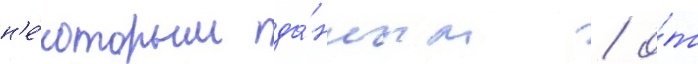
н'е́которым да́нным / о́т